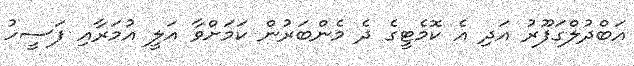
އަބްދުލްގަފޫރު އަދި އެ ކޮމެޓީގެ ދެ މެންބަރުން ކަމަށްވާ އަލީ އުމަރާއި ފަސީހު